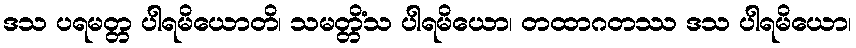
ဒသ ပရမတ္တ ပါရမိယောတိ၊ သမတ္တိံသ ပါရမိယော၊ တထာဂတဿ ဒသ ပါရမိယော၊